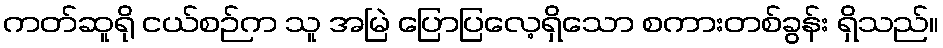
ကတ်ဆူရို ငယ်စဉ်က သူ အမြဲ ပြောပြလေ့ရှိသော စကားတစ်ခွန်း ရှိသည်။